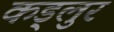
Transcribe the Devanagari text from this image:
कड्लुर